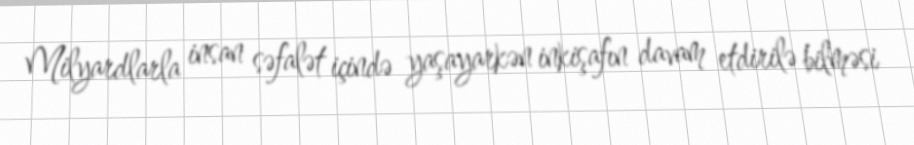
Milyardlarla insan səfalət içində yaşayarkən inkişafın davam etdirilə bilməsi